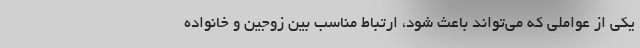
یکی از عواملی که می‌تواند باعث شود، ارتباط مناسب بین زوجین و خانواده